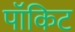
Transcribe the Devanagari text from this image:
पॉकिट